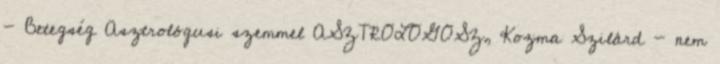
- Betegség Asztrológusi szemmel ASZTROLOGOSZ, Kozma Szilárd - nem